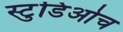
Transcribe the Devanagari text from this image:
स्टुडिओच